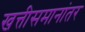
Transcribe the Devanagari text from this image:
खत्तीसमानांतर